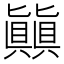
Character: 㒹